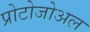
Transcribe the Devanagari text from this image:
प्रोटोजोअल